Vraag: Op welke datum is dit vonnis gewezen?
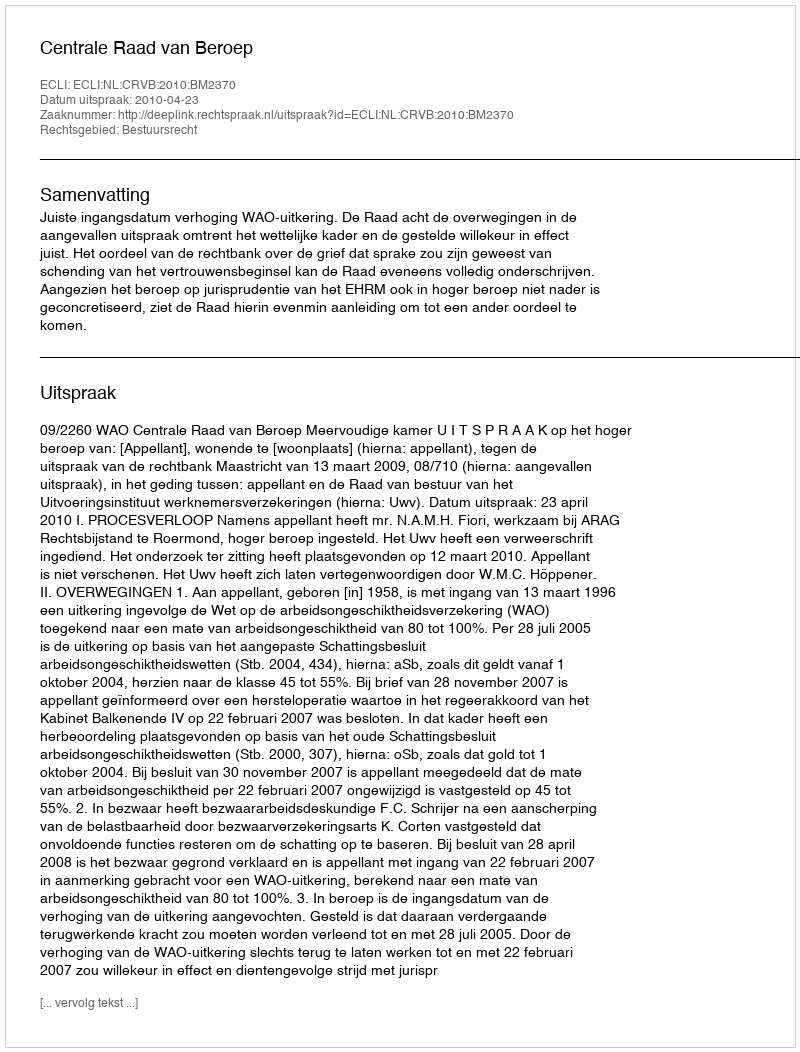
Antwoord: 2010-04-23